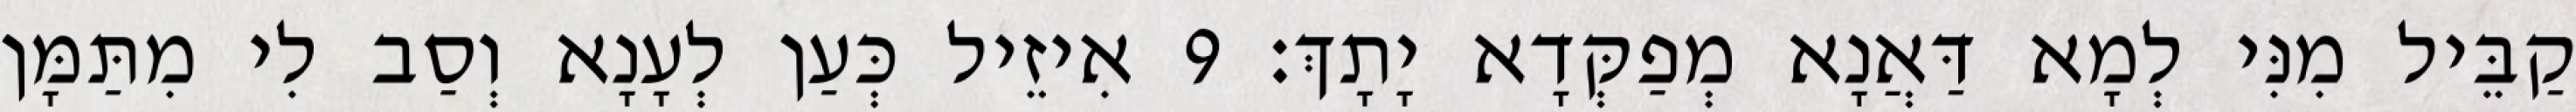
קַבֵּיל מִנִּי לְמָא דַּאֲנָא מְפַקְּדָא יָתָךְ׃ 9 אִיזֵיל כְּעַן לְעָנָא וְסַב לִי מִתַּמָּן